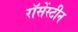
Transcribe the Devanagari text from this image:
रॉसेंस्टीन